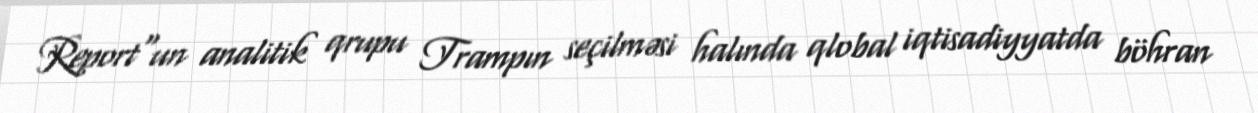
Report"un analitik qrupu Trampın seçilməsi halında qlobal iqtisadiyyatda böhran